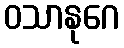
ဝသာနုဂေ